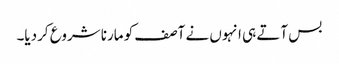
بس آتے ہی انہوں نے آصف کو مارنا شروع کردیا۔